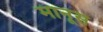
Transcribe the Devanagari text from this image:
मानूस